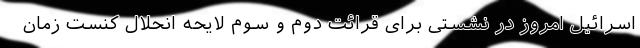
اسرائیل امروز در نشستی برای قرائت دوم و سوم لایحه انحلال کنست زمان